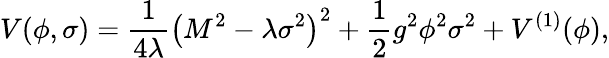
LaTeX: V(\phi,\sigma)=\frac{1}{4\lambda}\left(M^{2}-\lambda\sigma^{2}\right)^{2}+\frac{1}{2}g^{2}\phi^{2}\sigma^{2}+V^{(1)}(\phi),